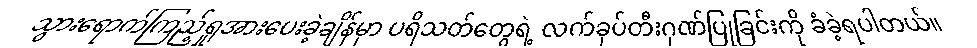
သွားရောက်ကြည့်ရှုအားပေးခဲ့ချိန်မှာ ပရိသတ်တွေရဲ့ လက်ခုပ်တီးဂုဏ်ပြုခြင်းကို ခံခဲ့ရပါတယ်။